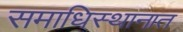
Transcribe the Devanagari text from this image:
समाधिस्थानात